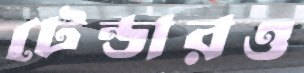
টেন্ডারও